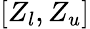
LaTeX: [Z_{l},Z_{u}]